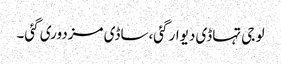
لو جی تہاڈی دیوار گئی،ساڈی مزدوری گئی۔